General report no. 6 on the lunatic asylums, vaccination and dispensaries in the Bengal Presidency, 1873 -
Year: 1873
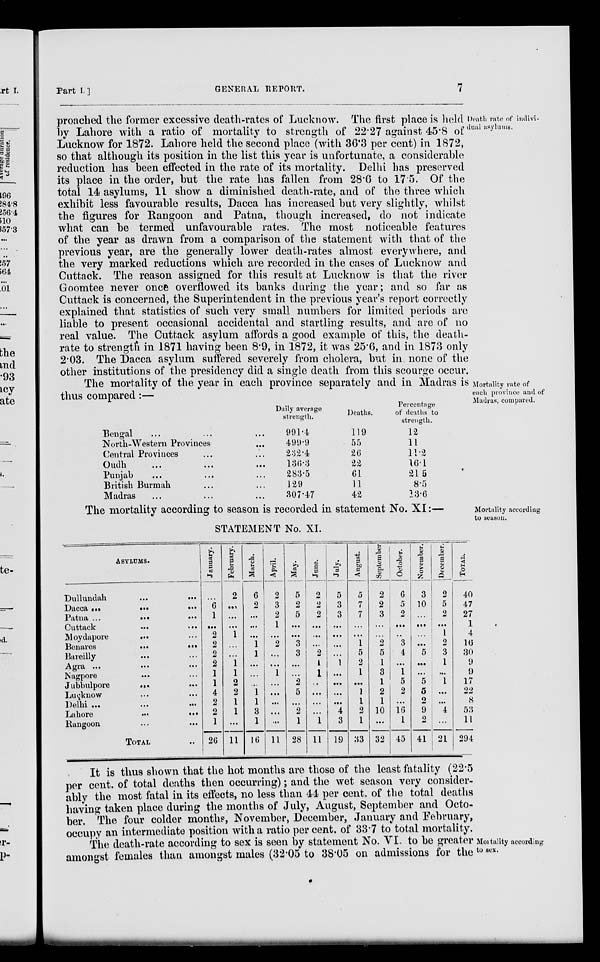
Part I.]
GENERAL REPORT.
7
Death rate of indivi¬
dual asylums.
proached the former excessive death-rates of Lucknow. The first place is held
by Lahore with a ratio of mortality to strength of 22.27 against 45.8 of
Lucknow for 1872. Lahore held the second place (with 36.3 per cent) in 1872,
so that although its position in the list this year is unfortunate, a considerable
reduction has been effected in the rate of its mortality. Delhi has preserved
its place in the order, but the rate has fallen from 28.6 to 17.5. Of the
total 14 asylums, 11 show a diminished death-rate, and of the three which
exhibit less favourable results, Dacca has increased but very slightly, whilst
the figures for Rangoon and Patna, though increased, do not indicate
what can be termed unfavourable rates. The most noticeable features
of the year as drawn from a comparison of the statement with that of the
previous year, are the generally lower death-rates almost everywhere, and
the very marked reductions which are recorded in the cases of Lucknow and
Cuttack. The reason assigned for this result at Lucknow is that the river
Goomtee never once overflowed its banks during the year; and so far as
Cuttack is concerned, the Superintendent in the previous year's report correctly
explained that statistics of such very small numbers for limited periods are
liable to present occasional accidental and startling results, and are of no
real value. The Cuttack asylum affords a good example of this, the death-
rate to strength in 1871 having been 8.9, in 1872, it was 25.6, and in 1873 only
2.03. The Dacca asylum suffered severely from cholera, but in. none of the
other institutions of the presidency did a single death from this scourge occur.
Mortality rate of
each province and of
Madras, compared.
The mortality of the year in each province separately and in Madras is
thus compared:—
Bengal ... ... ...
North-Western Provinces ...
Central Provinces ... ...
Oudh ... ... ...
Punjab ... ... ...
British Burmah ... ...
Madras ... ... ...
Daily average
strength.
901.4
499.9
232.4
136.3
283.5
129
807.47
Deaths.
119
55
26
22
61
11
42
Percentage
of deaths to
strength.
12
11
11.2
16.1
21.5
8.5
23.6
Mortality according
to season.
The mortality according to season is recorded in statement No. XI:—
STATEMENT No. XI.
ASYLUMS.
Dullundah ... ...
Dacca
...
...
...
Patna ...
.
.
.
.
.
.
Cuttack ... ...
Moydapore
... ...
Benares
...
...
Bareilly ... ...
Agra ... ... ...
Nagpore ... ...
Jubbulpore
... ...
Lucknow ... ...
Delhi ... ... ...
Lahore
...
...
...
Rangoon ... ...
TOTAL ...
January.
...
6
1
...
2
2
2
2
1
1
4
2
2
1
26
February.
2
...
...
...
1
...
...
1
1
2
2
1
1
...
11
March.
6
2
...
...
...
1
1
...
...
...
1
1
3
1
16
April.
2
3
2
1
...
2
...
...
1
...
...
...
...
...
11
May.
5
2
5
...
...
3
3
...
...
2
5
...
2
1
28
June.
2
2
2
...
...
...
2
1
1
..
...
...
...
1
11
July.
5
3
3
...
...
...
...
1
...
...
...
...
4
3
19
August.
5
7
7
...
...
1
5
2
1
...
1
1
2
1
33
September
2
2
3
...
...
2
5
1
3
1
2
1
10
...
32
October.
6
5
2
...
...
3
4
...
1
5
2
...
16
1
45
November.
3
10
...
...
...
...
5
...
...
5
5
2
9
2
41
December.
2
5
2
...
1
2
3
1
...
1
...
...
4
...
21
TOTAL.
40
47
27
1
4
16
30
9
9
17
22
8
53
11
294
Montality according
to sex.
It is thus shown that the hot months are those of the least fatality (22.5
per cent. of total deaths then occurring); and the wet season very consider-
ably the most fatal in its effects, no less than 44 per cent. of the total deaths
having taken place during the months of July, August, September and Octo-
ber. The four colder months, November, December, January and February,
occupy an intermediate position with a ratio per cent. of 337 to total mortality.
The death-rate according to sex is seen by statement No. VI. to be greater
amongst females than amongst males (32.05 to 38.05 on admissions for the